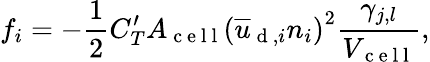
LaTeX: f_{i}=-\frac{1}{2}C_{T}^{\prime}A_{\mathrm{~c~e~l~l~}}\left(\overline{{u}}_{\mathrm{~d~},i}n_{i}\right)^{2}\frac{\gamma_{j,l}}{V_{\mathrm{~c~e~l~l~}}},